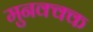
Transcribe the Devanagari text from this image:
मुनक्क्क